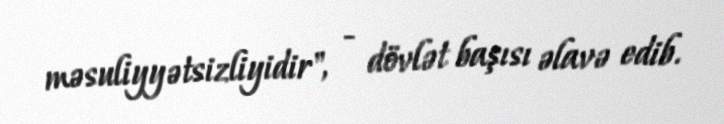
məsuliyyətsizliyidir", - dövlət başısı əlavə edib.